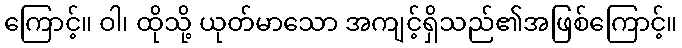
ကြောင့်။ ဝါ၊ ထိုသို့ ယုတ်မာသော အကျင့်ရှိသည်၏အဖြစ်ကြောင့်။